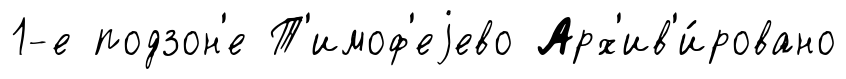
1-е подзон'е Т'имоф'еjево Арх'ив'и́ровано